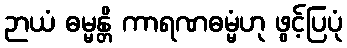
ဉာယံ ဓမ္မန္တိ ကာရဏဓမ္မံဟု ဖွင့်ပြပုံ